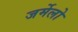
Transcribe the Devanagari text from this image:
जर्मेलो